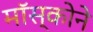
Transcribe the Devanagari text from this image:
मॉस्कोने